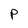
Character: P